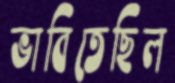
ভাবিতেছিল